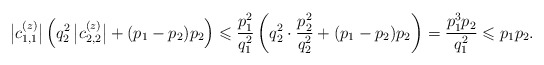
\begin{align*}\bigl|c_{1,1}^{(z)}\bigr| \left( q_2^2\,\bigl|c_{2,2}^{(z)}\bigr| +(p_1-p_2)p_2 \right) \leqslant \frac{p_1^2}{q_1^2} \left( q_2^2 \cdot\frac{p_2^2}{q_2^2} +(p_1-p_2)p_2 \right) = \frac{p_1^3p_2}{q_1^2} \leqslant p_1p_2.\end{align*}